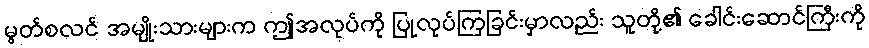
မွတ်စလင် အမျိုးသားများက ဤအလုပ်ကို ပြုလုပ်ကြခြင်းမှာလည်း သူတို့၏ ခေါင်းဆောင်ကြီးကို